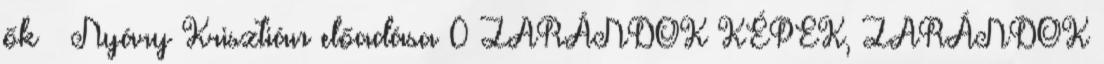
ők – Nyáry Krisztián előadása 0 ZARÁNDOK KÉPEK, ZARÁNDOK